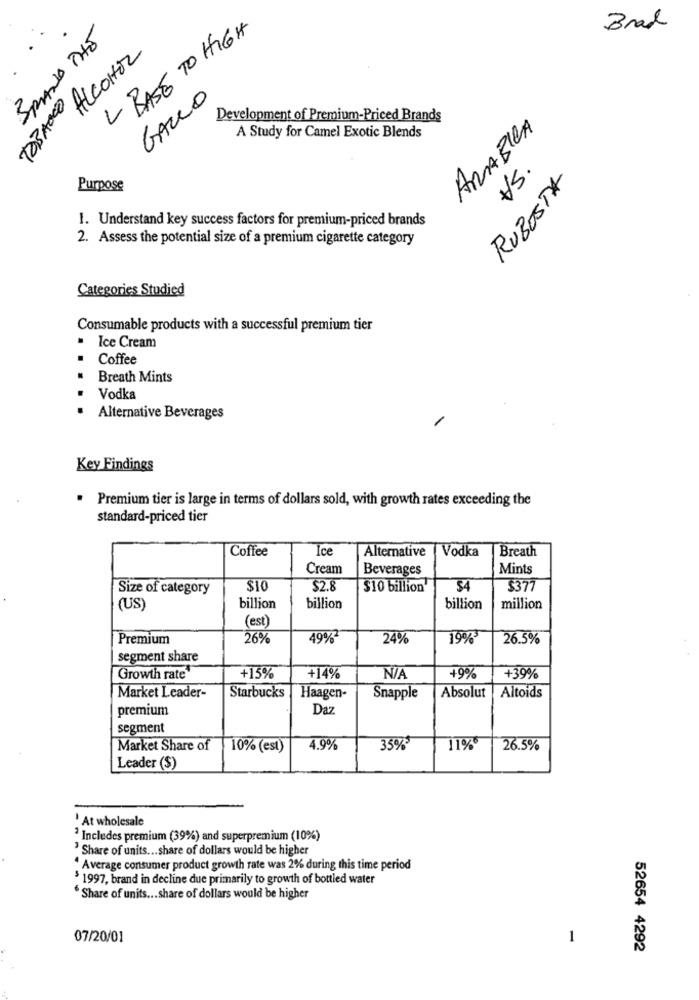
BASE TO HIGH
Brad
SPANA THE
ALCOHOL
GALLO
Development of Premium-Priced Brands
ARABICA
A Study for Camel Exotic Blends
CONVERL
VS.
RUBOSTA
Purpose
1. Understand key success factors for premium-priced brands
2. Assess the potential size of a premium cigarette category
Categories Studied
Consumable products with a successful premium tier
· Ice Cream
Coffee
Breath Mints
Vodka
Alternative Beverages
Key Findings
. Premium tier is large in terms of dollars sold, with growth rates exceeding the
standard-priced tier
Coffee
Ice
Vodka
Breath
Alternative
Cream
Beverages
Mints
Size of category
$2.8
$10 billion
54
$377
(US)
billion
billion
billion
million
(est)
Premium
26%
49%
24%
19%
26.5%
segment share
Growth rate
+15%
+14%
+9%
+39%
Market Leader-
Starbucks
Haagen-
Snapple
Absolut
Altoids
premium
Daz
segment
Market Share of
10% (est)
4.9%
35%*
11%
26.5%
Leader ($)
' At wholesale
2 Includes premium (39%) and superpremium (10%)
Share of units ... share of dollars would be higher
" Average consumer product growth rate was 2% during this time period
$ 1997, brand in decline due primarily to growth of bottled water
" Share of units ... share of dollars would be higher
07/20/01
1
52654 4292